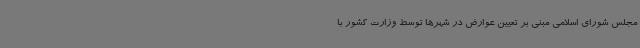
مجلس شورای اسلامی مبنی بر تعیین عوارض در شهرها توسط وزارت کشور با